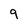
Character: 9